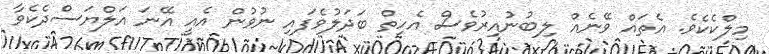
މިލްކެކެވެ. އެތައް ވޭނެއް ލިބުނުއިރުވެސް އެހިތް ބަދަލުވެފައި ނުވުން އެއީ އޭނަ އަލްޔަސްދެކެވާ